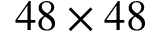
4 8 \times 4 8